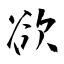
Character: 欲